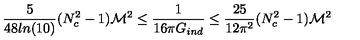
{ \frac { 5 } { 4 8 l n ( 1 0 ) } } ( N _ { c } ^ { 2 } - 1 ) { \cal M } ^ { 2 } \leq { \frac { 1 } { 1 6 \pi G _ { i n d } } } \leq { \frac { 2 5 } { 1 2 \pi ^ { 2 } } } ( N _ { c } ^ { 2 } - 1 ) { \cal M } ^ { 2 }